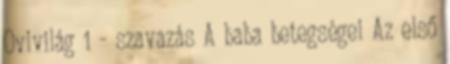
Ovivilág 1 - szavazás A baba betegségei Az első